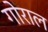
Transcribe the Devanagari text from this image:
गोराल